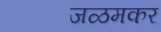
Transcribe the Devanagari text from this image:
जळमकर